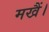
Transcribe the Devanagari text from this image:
मखैं।